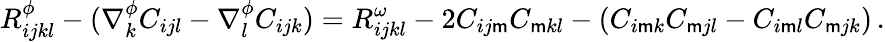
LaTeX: R_{ijkl}^{\phi}-(\nabla_{k}^{\phi}C_{ijl}-\nabla_{l}^{\phi}C_{ijk})=R_{ijkl}^{\omega}-2C_{ij\mathsf{m}}C_{\mathsf{m}kl}-(C_{i\mathsf{m}k}C_{\mathsf{m}jl}-C_{i\mathsf{m}l}C_{\mathsf{m}jk})\, .